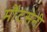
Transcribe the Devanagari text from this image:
मौंटसेनी